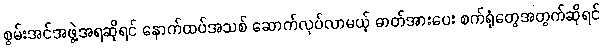
စွမ်းအင်အဖွဲ့အရဆိုရင် နောက်ထပ်အသစ် ဆောက်လုပ်လာမယ့် ဓာတ်အားပေး စက်ရုံတွေအတွက်ဆိုရင်